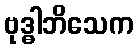
ဗုဒ္ဓါဘိသေက